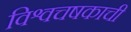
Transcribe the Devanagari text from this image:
विश्वचषकाची